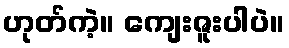
ဟုတ်ကဲ့။ ကျေးဇူးပါပဲ။